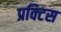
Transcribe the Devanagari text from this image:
प्रक्‍टिस